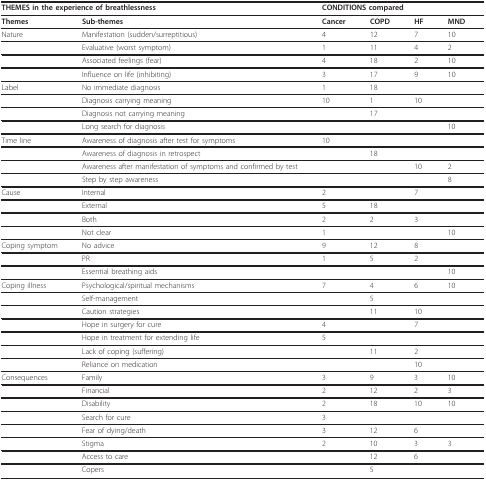
<table><thead><tr><td colspan="2"><b>THEMES in the experience of breathlessness</b></td><td colspan="4"><b>CONDITIONS compared</b></td></tr></thead><tbody><tr><td><b>Themes</b></td><td><b>Sub-themes</b></td><td><b>Cancer</b></td><td><b>COPD</b></td><td><b>HF</b></td><td><b>MND</b></td></tr><tr><td>Nature</td><td>Manifestation (sudden/surreptitious)</td><td>4</td><td>12</td><td>7</td><td>10</td></tr><tr><td></td><td>Evaluative (worst symptom)</td><td>1</td><td>11</td><td>4</td><td>2</td></tr><tr><td></td><td>Associated feelings (fear)</td><td>4</td><td>18</td><td>2</td><td>10</td></tr><tr><td></td><td>Influence on life (inhibiting)</td><td>3</td><td>17</td><td>9</td><td>10</td></tr><tr><td>Label</td><td>No immediate diagnosis</td><td>1</td><td>18</td><td></td><td></td></tr><tr><td></td><td>Diagnosis carrying meaning</td><td>10</td><td>1</td><td>10</td><td></td></tr><tr><td></td><td>Diagnosis not carrying meaning</td><td></td><td>17</td><td></td><td></td></tr><tr><td></td><td>Long search for diagnosis</td><td></td><td></td><td></td><td>10</td></tr><tr><td>Time line</td><td>Awareness of diagnosis after test for symptoms</td><td>10</td><td></td><td></td><td></td></tr><tr><td></td><td>Awareness of diagnosis in retrospect</td><td></td><td>18</td><td></td><td></td></tr><tr><td></td><td>Awareness after manifestation of symptoms and confirmed by test</td><td></td><td></td><td>10</td><td>2</td></tr><tr><td></td><td>Step by step awareness</td><td></td><td></td><td></td><td>8</td></tr><tr><td>Cause</td><td>Internal</td><td>2</td><td></td><td>7</td><td></td></tr><tr><td></td><td>External</td><td>5</td><td>18</td><td></td><td></td></tr><tr><td></td><td>Both</td><td>2</td><td>2</td><td>3</td><td></td></tr><tr><td></td><td>Not clear</td><td>1</td><td></td><td></td><td>10</td></tr><tr><td>Coping symptom</td><td>No advice</td><td>9</td><td>12</td><td>8</td><td></td></tr><tr><td></td><td>PR</td><td>1</td><td>5</td><td>2</td><td></td></tr><tr><td></td><td>Essential breathing aids</td><td></td><td></td><td></td><td>10</td></tr><tr><td>Coping illness</td><td>Psychological/spiritual mechanisms</td><td>7</td><td>4</td><td>6</td><td>10</td></tr><tr><td></td><td>Self-management</td><td></td><td>5</td><td></td><td></td></tr><tr><td></td><td>Caution strategies</td><td></td><td>11</td><td>10</td><td></td></tr><tr><td></td><td>Hope in surgery for cure</td><td>4</td><td></td><td>7</td><td></td></tr><tr><td></td><td>Hope in treatment for extending life</td><td>5</td><td></td><td></td><td></td></tr><tr><td></td><td>Lack of coping (suffering)</td><td></td><td>11</td><td>2</td><td></td></tr><tr><td></td><td>Reliance on medication</td><td></td><td></td><td>10</td><td></td></tr><tr><td>Consequences</td><td>Family</td><td>3</td><td>9</td><td>3</td><td>10</td></tr><tr><td></td><td>Financial</td><td>2</td><td>12</td><td>2</td><td>3</td></tr><tr><td></td><td>Disability</td><td>2</td><td>18</td><td>10</td><td>10</td></tr><tr><td></td><td>Search for cure</td><td>3</td><td></td><td></td><td></td></tr><tr><td></td><td>Fear of dying/death</td><td>3</td><td>12</td><td>6</td><td></td></tr><tr><td></td><td>Stigma</td><td>2</td><td>10</td><td>3</td><td>3</td></tr><tr><td></td><td>Access to care</td><td></td><td>12</td><td>6</td><td></td></tr><tr><td></td><td>Copers</td><td></td><td>5</td><td></td><td></td></tr></tbody></table>